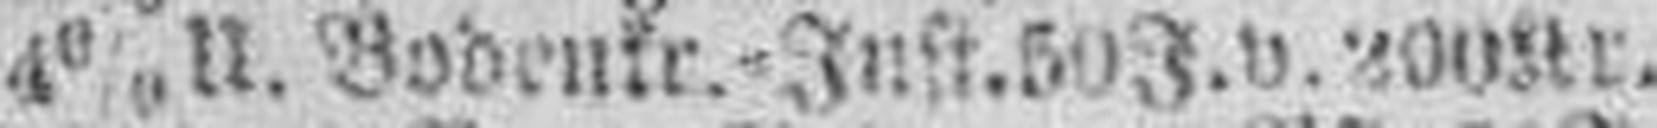
4% U. Bodenkr.=Just. 50 J. v. 200 Kr.